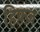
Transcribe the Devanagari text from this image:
हिफ़्ज़